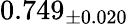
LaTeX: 0.749_{\pm 0.020}